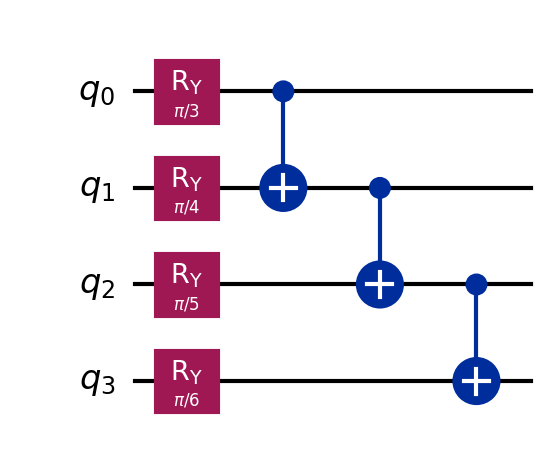
Description: VQE with Ry gates and linear CNOT entangling
描述: Ry门+线性CNOT纠缠的VQE
Category: variational (difficulty: intermediate)
Qubits: 4, circuit depth: 4

Braket implementation:
import math
from braket.circuits import Circuit
angles = [math.pi/3, math.pi/4, math.pi/5, math.pi/6]
circuit = Circuit()
for i in range(4):
    circuit.ry(i, angles[i])
for i in range(3):
    circuit.cnot(i, i + 1)